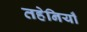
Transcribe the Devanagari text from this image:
तहेनियाँ